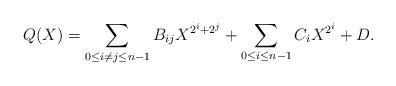
LaTeX: \begin{align*} Q(X) = \sum_{0 \le i \ne j \le n-1} B_{ij} X^{2^i+2^j} + \sum_{0 \le i \le n-1} C_i X^{2^i} + D.\end{align*}